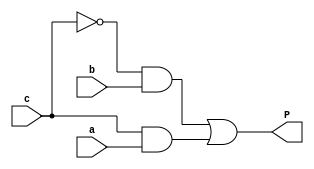
/*
    if input is prime (2, 3, 5, 7)
        return 1
    else
        return 0
*/

module is_prime_rtl(
    input c,
    input b,
    input a,
    output P
  );

  assign P = (~c & b) | (c & a);

endmodule